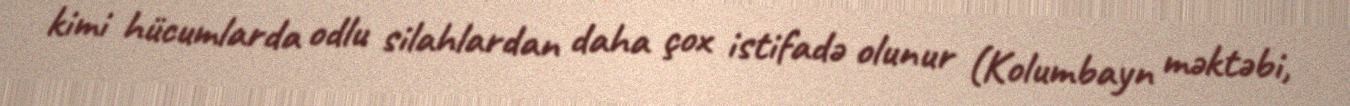
kimi hücumlarda odlu silahlardan daha çox istifadə olunur (Kolumbayn məktəbi,